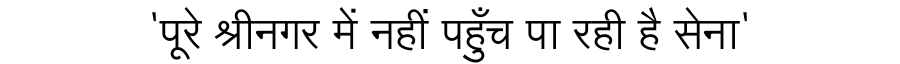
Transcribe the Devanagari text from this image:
'पूरे श्रीनगर में नहीं पहुँच पा रही है सेना'